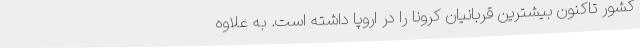
کشور تاکنون بیشترین قربانیان کرونا را در اروپا داشته است. به علاوه